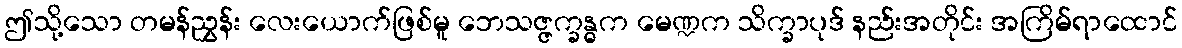
ဤသို့သော တမန်ညွှန်း လေးယောက်ဖြစ်မူ ဘေသဇ္ဇက္ခန္ဓက မေဏ္ဍက သိက္ခာပုဒ် နည်းအတိုင်း အကြိမ်ရာထောင်